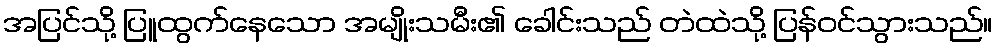
အပြင်သို့ ပြူထွက်နေသော အမျိုးသမီး၏ ခေါင်းသည် တဲထဲသို့ ပြန်ဝင်သွားသည်။